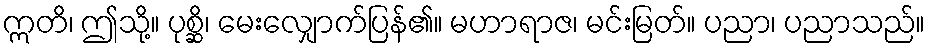
ဣတိ၊ ဤသို့။ ပုစ္ဆိ၊ မေးလျှောက်ပြန်၏။ မဟာရာဇ၊ မင်းမြတ်။ ပညာ၊ ပညာသည်။